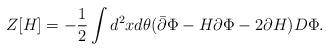
LaTeX: \begin{align*}Z[H]=-\frac{1}{2}\int d^2xd\theta(\bar\partial\Phi-H\partial\Phi-2\partial H)D\Phi.\end{align*}